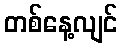
တစ်နေ့လျင်